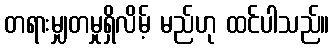
တရားမျှတမှုရှိလိမ့် မည်ဟု ထင်ပါသည်။